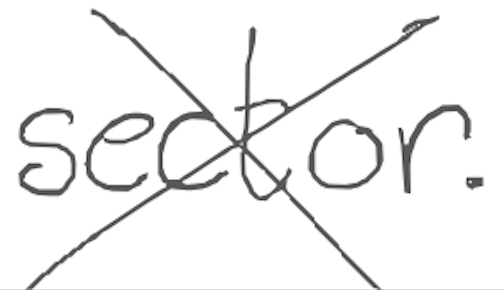
Text: sector.
Cross-out: cross
Writing tool: digital_gray